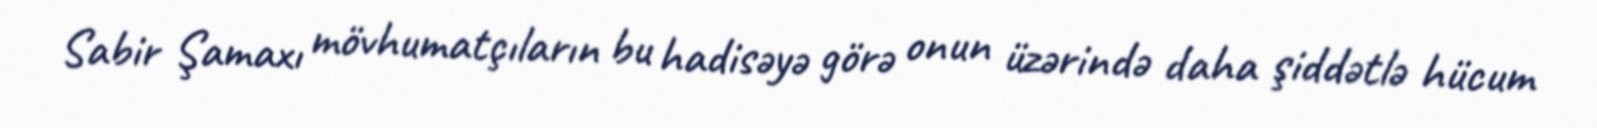
Sabir Şamaxı mövhumatçıların bu hadisəyə görə onun üzərində daha şiddətlə hücum